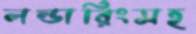
লন্ডারিংসহ